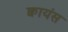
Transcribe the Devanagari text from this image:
क्वायंस